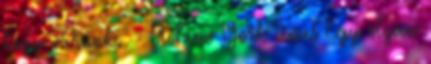
hogy várunk." - A New York Times Egy olyan